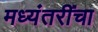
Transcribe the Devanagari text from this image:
मध्यंतरींचा